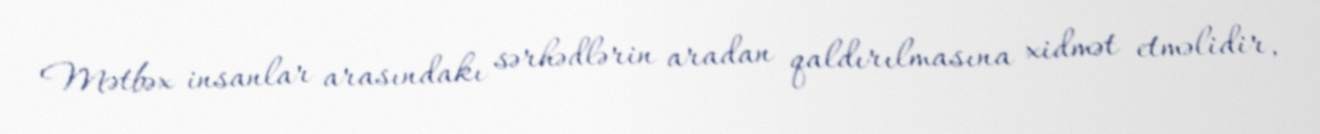
Mətbəx insanlar arasındakı sərhədlərin aradan qaldırılmasına xidmət etməlidir,